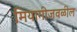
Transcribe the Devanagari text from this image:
मियागीजवळील